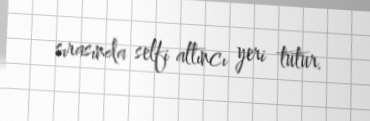
sırasında selfi altıncı yeri tutur.